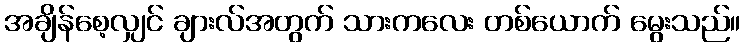
အချိန်စေ့လျှင် ချားလ်အတွက် သားကလေး တစ်ယောက် မွေးသည်။